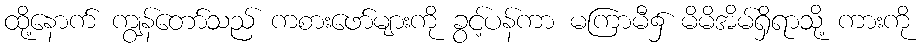
ထို့နောက် ကျွန်တော်သည် ကစားဖော်များကို ခွင့်ပန်ကာ မကြာမီ၌ မိမိအိမ်ရှိရာသို့ ကားကို